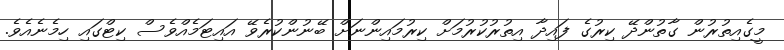
މީގެއިތުރުން ގާތުންދޭ ކިރުގެ ފައިދާ އިތުރުކުރުމަށް ކިރުމައިންނަށް ބޭނުންކުރެވޭ އައިޓަމެއްވެސް ކިޓްގައި ހިމެނެއެވެ.